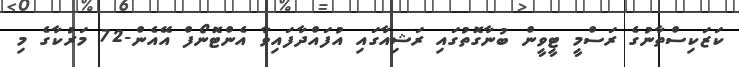
ކަޒަކިސްތާނުގެ ރަސްމީ ޓީވީން ބުނާގޮތުގައި ރަޝިއާގައި އުފައްދާފައިވާ އެންޓޮނޯފް އޭއެން-72 މަރުކާގެ މި